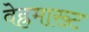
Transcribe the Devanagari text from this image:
वेह्रमाख्ट